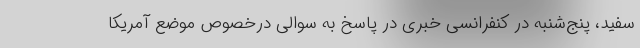
سفید، پنج‌شنبه در کنفرانسی خبری در پاسخ به سوالی درخصوص موضع آمریکا